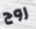
روج